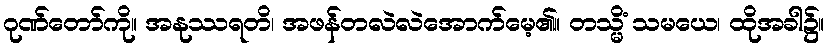
ဂုဏ်တော်ကို။ အနုဿရတိ၊ အဖန်တလဲလဲအောက်မေ့၏။ တသ္မိံ သမယေ၊ ထိုအခါ၌။